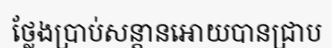
ថ្លែងប្រាប់សន្តានអោយបានជ្រាប